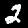
Digit: 2